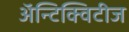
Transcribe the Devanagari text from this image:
अॅन्टिक्विटीज